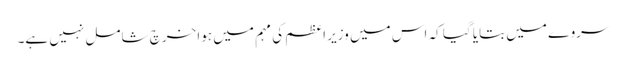
سروے میں بتایا گیا کہ اس میں وزیر اعظم کی مہم میں ہوا خرچ شامل نہیں ہے۔